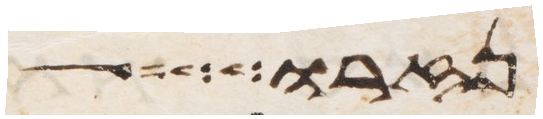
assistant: נזרו